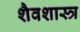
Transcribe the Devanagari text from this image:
शैवशास्त्र